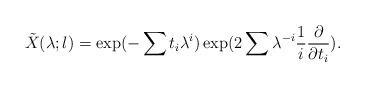
LaTeX: \begin{align*}\tilde{X}(\lambda;l)=\exp(-\sum t_{i}\lambda^{i}) \exp(2\sum \lambda^{-i}\frac{1}{i}\frac{\partial }{\partial t_{i}}).\end{align*}